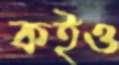
কইও